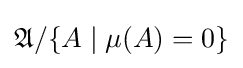
{\mathfrak {A}}/\{A\mid \mu (A)=0\}